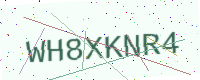
Text: WH8XKNR4